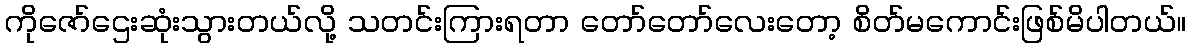
ကိုဇော်ဌေးဆုံးသွားတယ်လို့ သတင်းကြားရတာ တော်တော်လေးတော့ စိတ်မကောင်းဖြစ်မိပါတယ်။